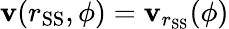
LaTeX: \mathbf{v}(r_{\mathrm{{SS}}},\phi)=\mathbf{v}_{r_{\mathrm{{SS}}}}(\phi)